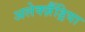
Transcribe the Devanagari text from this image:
अलेक्ज़ैंड्रिया